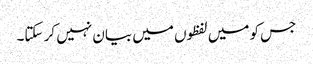
جس کو میں لفظوں میں بیان نہیں کر سکتا۔